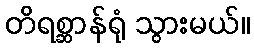
တိရစ္ဆာန်ရုံ သွားမယ်။